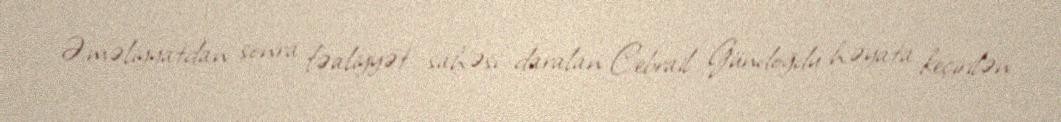
Əməliyyatdan sonra fəaliyyət sahəsi daralan Cebrail Gündoğdu həyata keçirilən